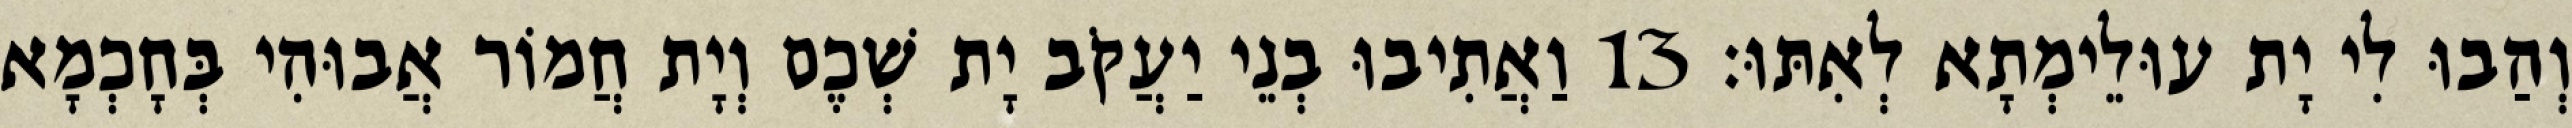
וְהַבוּ לִי יָת עוּלֵימְתָא לְאִתּוּ׃ 13 וַאֲתִיבוּ בְנֵי יַעֲקֹב יָת שְׁכֶם וְיָת חֲמוֹר אֲבוּהִי בְּחָכְמָא